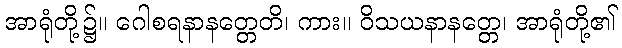
အာရုံတို့၌။ ဂေါစရနာနတ္တေတိ၊ ကား။ ဝိသယနာနတ္တေ၊ အာရုံတို့၏